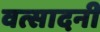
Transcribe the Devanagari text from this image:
वत्सादनी